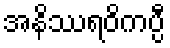
အနိဿရဝိကပ္ပီ